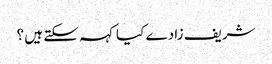
شریف زادے کیا کہہ سکتے ہیں ؟